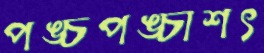
পঙ্চপঙ্চাশৎ